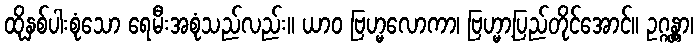
ထိုနှစ်ပါးစုံသော ရေမီးအစုံသည်လည်း။ ယာဝ ဗြဟ္မလောကာ၊ ဗြဟ္မာ့ပြည်တိုင်အောင်။ ဥဂ္ဂန္တွာ၊